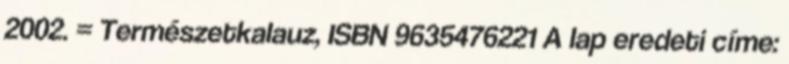
2002. = Természetkalauz, ISBN 9635476221 A lap eredeti címe: